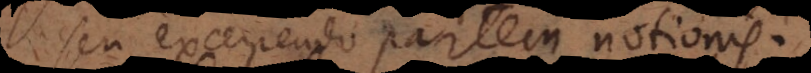
seu excerpendo partem notionis.